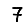
Digit: 7